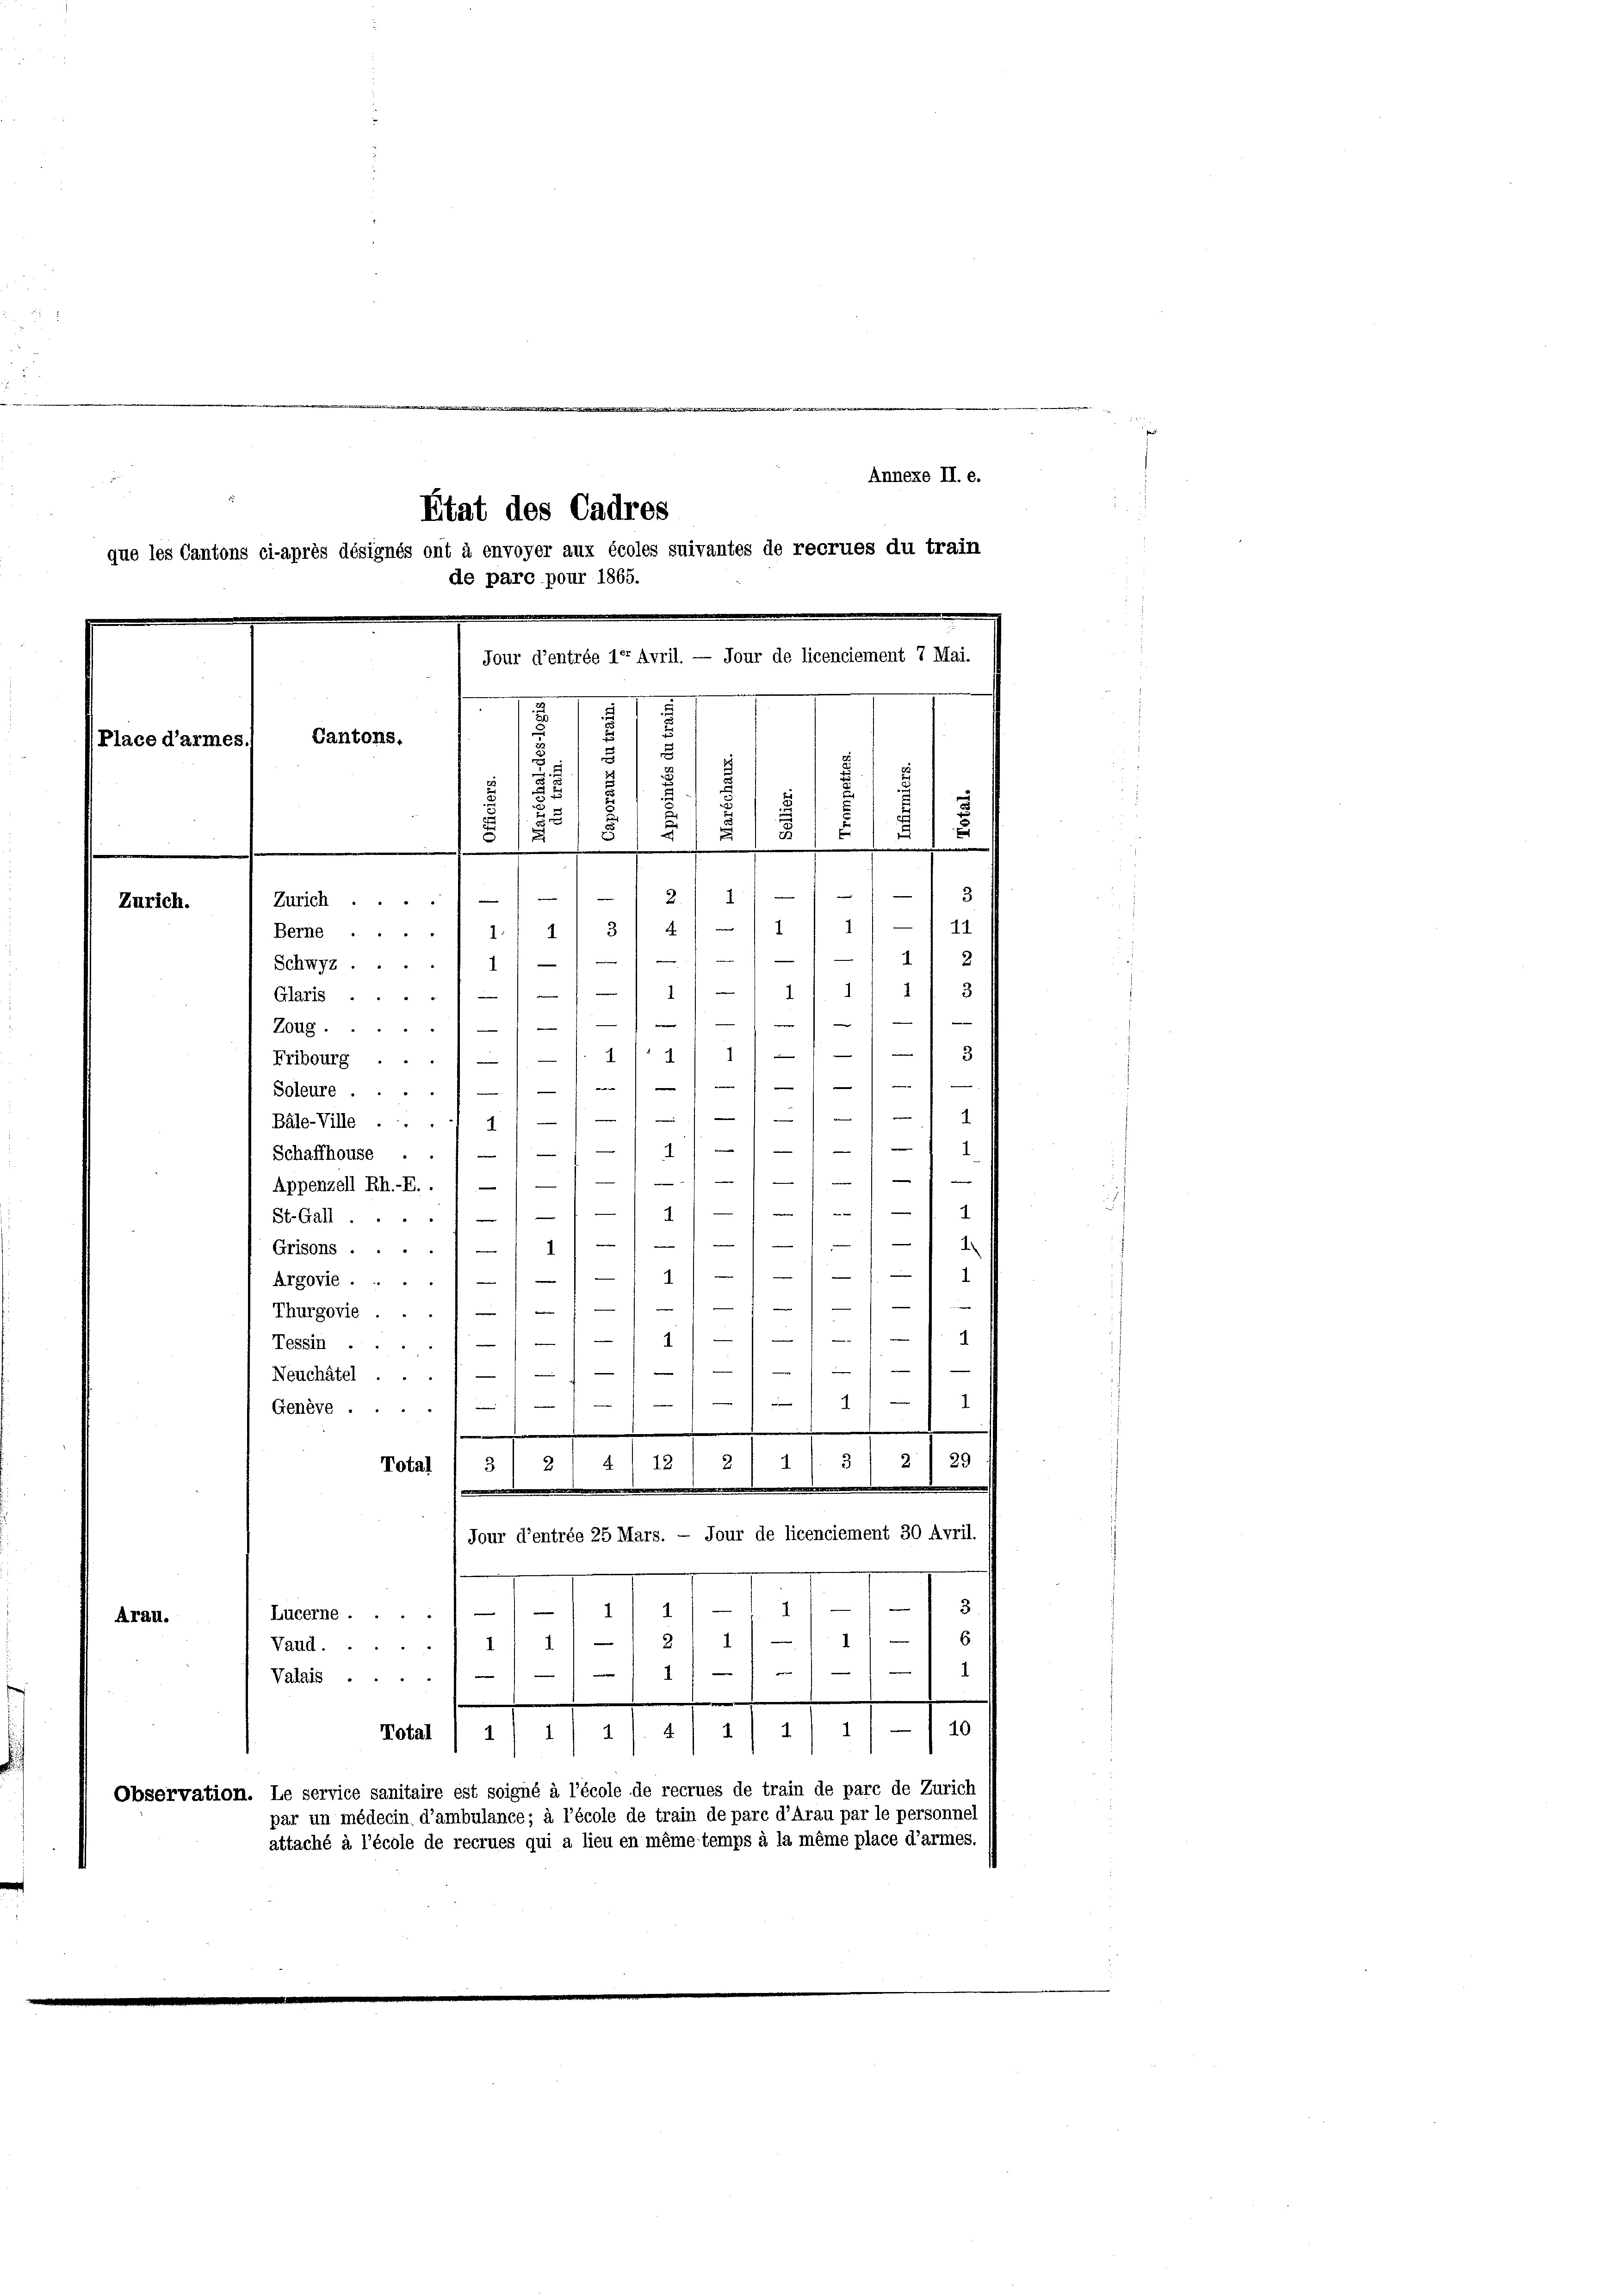
X
Annexe II. e.
Etat des Cadres
que les Cantons ci-après désignés ont à envoyer aux écoles suivantes de recrues du train
de pare pour 1865.
Jour d’entrée 1er Avril. — Jour de licenciement 7 Mai.
.
Cantons.
Place d’armes
3
2
5
.
3
¬
3
u
.
5
.
.
u
§ 15
2
d
u

g
Zürich.
11
3
Glaxis.//// 1) — / i 1 1/ 1
—
n
)
e
Zoug.1) —
 g
Fribourg .///. 11. 4
Soleure .///////1
5
)
1

Bäle-Ville ....
4
/11/11
Schaffhouse . . 1
1
Appenzell Rh.-R. . 1 — / — / — / —1
4
11 71
St.Gall.
e
 |
1
1
4
Grisons ....
1
e
.
Argovie.../// — 1 1/
d
—
e
e
Thurgovie...///
)1) — 1. 4
Tessin .... 1
1
e
Neuchâtel ...

.
—
Genève 1
.
.
37
12
24
s
Total ) 3) 2
Jour d’entrée 25 Mars. — Jour de licenciement 30 Avril.
3.
1
1
1
Lucerne
Arau.
6
211. 1
Vaud.
e
1
1
Valais.
.
4/1/ 2/4/4/11 11 - 110
Total
Observation. Le service sanitaire est soigné à l’école de recrues de train de parc de Zürich
par un médecin d’ambulance; à l’école de train de parc d’Arau par le personnel
attaché à l’école de recrues qui a lieu en même temps à la même place d’armes.

Zürich.///-12/ 1)
1
Berne ./ 1./ i/ 3/ 4/ — 1 1
Schwyz...) 1) — ////// 1) 2